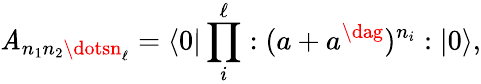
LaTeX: \mathit{A}_{n_{1}n_{2}\dotsn_{\ell}}=\langle0|\prod_{i}^{\ell}:(a+a^{\dag})^{n_{i}}:|0\rangle,